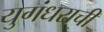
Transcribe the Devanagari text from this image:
युगंधराची